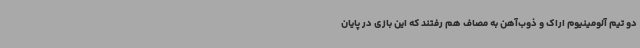
دو تیم آلومینیوم اراک و ذوب‌آهن به مصاف هم رفتند که این بازی در پایان